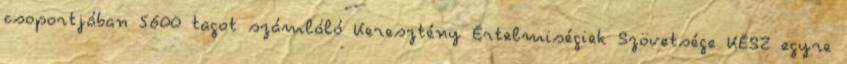
csoportjában 5600 tagot számláló Keresztény Értelmiségiek Szövetsége KÉSZ egyre